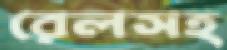
রেলসহ